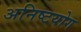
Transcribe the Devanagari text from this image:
अनिष्टयोग